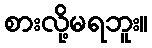
စားလို့မရဘူး။